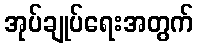
အုပ်ချုပ်ရေးအတွက်